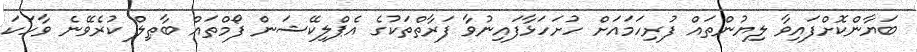
ބަޔާންކޮށްފައިވާ ލިޔުންތައް ފުރިހަމައަށް ހުށަހަޅާފައިނުވާ ފަރާތްތަކުގެ އެޕްލިކޭޝަން ފޯމްތައް ބާޠިލް ކުރެވޭނެ ވާހަކަ